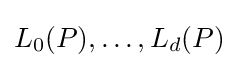
L_{0}(P),\dots ,L_{d}(P)